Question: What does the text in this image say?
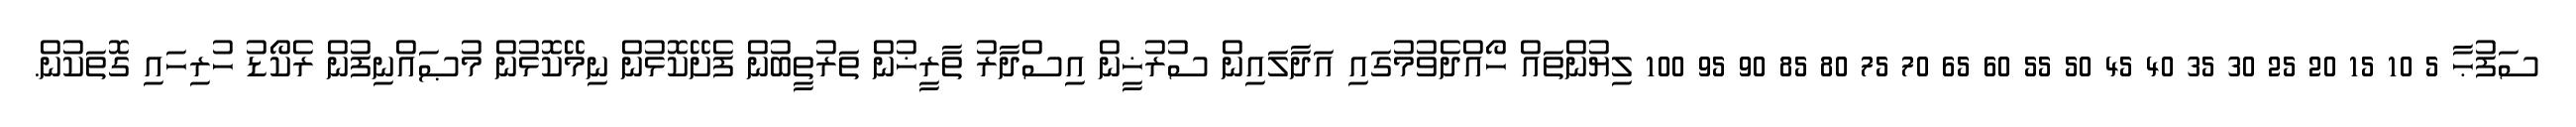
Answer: ސަފުޙާ 5 10 15 20 25 30 35 40 45 50 55 60 65 70 75 80 85 90 95 100 ލިޔުންތައް ހޯއްދެވުމުގައި އަދާލައިން ސުރުޚީން އިސްދާރު ތާރީޚުން ތަރުތީބުން ފެށޭކޮޅުން ނިމޭކޮޅުން މުޞައްނިފުން ރެކޯޑު ހުރިހައި ގޮތަކުން.